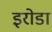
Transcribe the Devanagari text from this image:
इरोडा